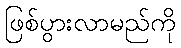
ဖြစ်ပွားလာမည်ကို